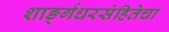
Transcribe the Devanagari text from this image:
शार्ङ्गधरसंहितेचा